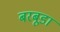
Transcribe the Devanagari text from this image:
बरबूडा